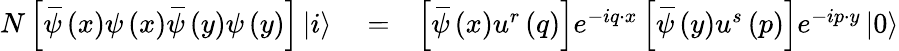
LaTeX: \begin{array}{rlr}{N\left[\, \overline{{\! {\psi}}}\left(x\right)\psi\left(x\right)\, \overline{{\! {\psi}}}\left(y\right)\psi\left(y\right)\right]\left\vert i\right\rangle}&{{}=}&{\left[\, \overline{{\! {\psi}}}\left(x\right)u^{r}\left(q\right)\right]e^{-iq\cdot x}\left[\, \overline{{\! {\psi}}}\left(y\right)u^{s}\left(p\right)\right]e^{-ip\cdot y}\left\vert 0\right\rangle}\end{array}